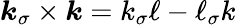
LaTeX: \boldsymbol{k}_{\sigma}\times\boldsymbol{k}=k_{\sigma}\ell-\ell_{\sigma}k